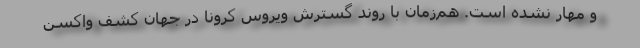
و مهار نشده است. هم‌زمان با روند گسترش ویروس کرونا در جهان کشف واکسن